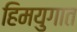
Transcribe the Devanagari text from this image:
हिमयुगात